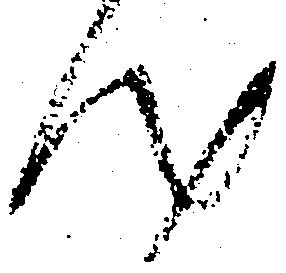
汰